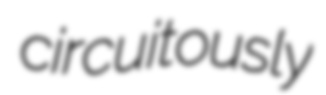
circuitously